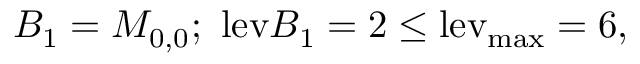
B _ { 1 } = M _ { 0 , 0 } ; ~ \mathrm { l e v } { B _ { 1 } } = 2 \le \mathrm { { l e v } _ { \mathrm { { m a x } } } = 6 , }